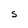
Character: S